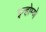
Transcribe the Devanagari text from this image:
इन्होम्णे